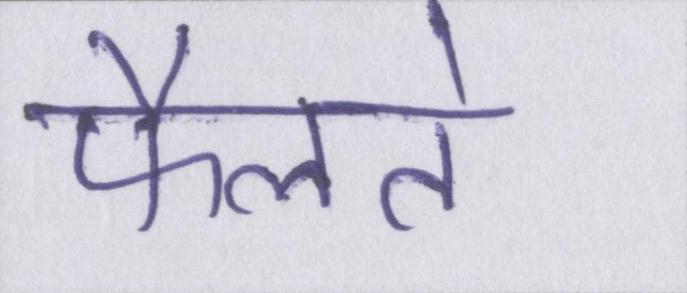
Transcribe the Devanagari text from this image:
फैलते